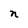
Character: n